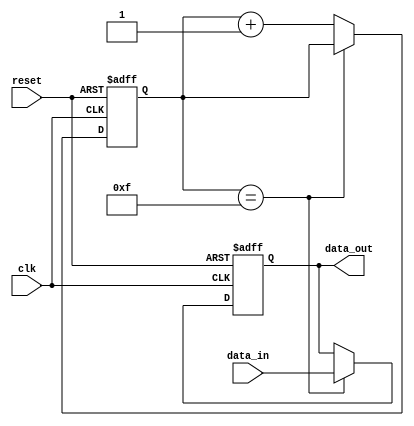
module NAND_Delay(
    input wire clk,
    input wire reset,
    input wire data_in,
    output reg data_out
);

reg [3:0] delay_counter;

always @(posedge clk or posedge reset) begin
    if(reset) begin
        delay_counter <= 4'b0000;
        data_out <= 1'b0;
    end else begin
        if(delay_counter == 4'b1111) begin
            data_out <= data_in;
        end else begin
            delay_counter <= delay_counter + 1;
        end
    end
end

endmodule